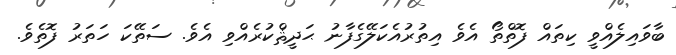
ބާވައިލެއްވީ ކިތައް ފޮތްތޯ އެވެ އިތުރުއެކަލޭގެފާނު ޙަދީޘްކުރެއްވި އެވެ. ސަތޭކަ ހަތަރު ފޮތެވެ.